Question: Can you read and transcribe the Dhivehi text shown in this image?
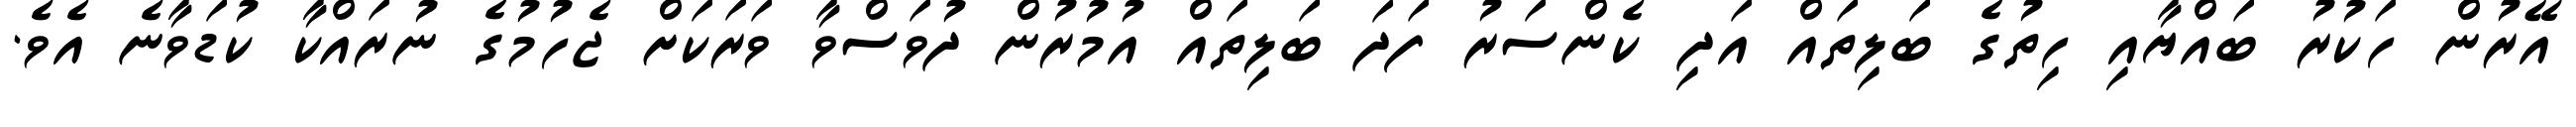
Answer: އޭރުން ހަކުރު ބައްޔާއި ހިތުގެ ބަލިތައް އަދި ކެންސަރު ފަދަ ބަލިތައް އުމުރުން ދުވަސްވާ ވަރަކަށް ޖެހުމުގެ ނުރައްކާ ކުޑަވާނެ އެވެ.